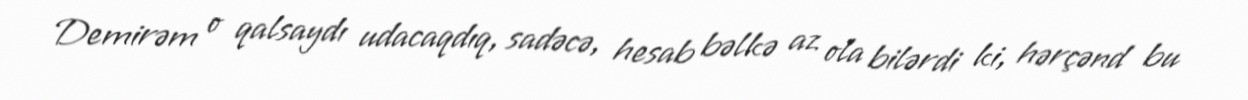
Demirəm o qalsaydı udacaqdıq, sadəcə, hesab bəlkə az ola bilərdi ki, hərçənd bu